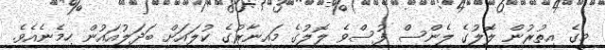
މީގެ އިތުރުން ލޮލުގެ ލެންސް ފުސްވެ ލޮލުގެ މައިނާރުގެ ކުލައަށް ބަދަލުއައުން ހިމެނެއެވެ.